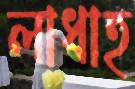
লাধাহ